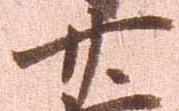
廿